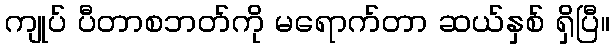
ကျုပ် ပီတာစဘတ်ကို မရောက်တာ ဆယ်နှစ် ရှိပြီ။